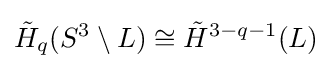
{\tilde {H}}_{q}(S^{3}\setminus L)\cong {\tilde {H}}^{3-q-1}(L)